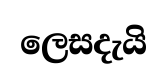
ලෙසදැයි